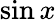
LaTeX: \sin x